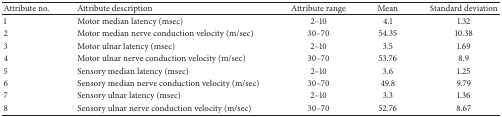
| Attribute no. | Attribute description | Attribute range | Mean | Standard deviation |
 | --- | --- | --- | --- | --- |
 | 1 | Motor median latency (msec) | 2–10 | 4.1 | 1.32 |
 | 2 | Motor median nerve conduction velocity (m/sec) | 30–70 | 54.35 | 10.38 |
 | 3 | Motor ulnar latency (msec) | 2–10 | 3.5 | 1.69 |
 | 4 | Motor ulnar nerve conduction velocity (m/sec) | 30–70 | 53.76 | 8.9 |
 | 5 | Sensory median latency (msec) | 2–10 | 3.6 | 1.25 |
 | 6 | Sensory median nerve conduction velocity (m/sec) | 30–70 | 49.8 | 9.79 |
 | 7 | Sensory ulnar latency (msec) | 2–10 | 3.3 | 1.36 |
 | 8 | Sensory ulnar nerve conduction velocity (m/sec) | 30–70 | 52.76 | 8.67 |